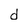
Character: d